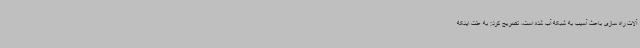
آلات راه سازی باعث آسیب به شبکه آب شده است، تصریح کرد: به علت اینکه